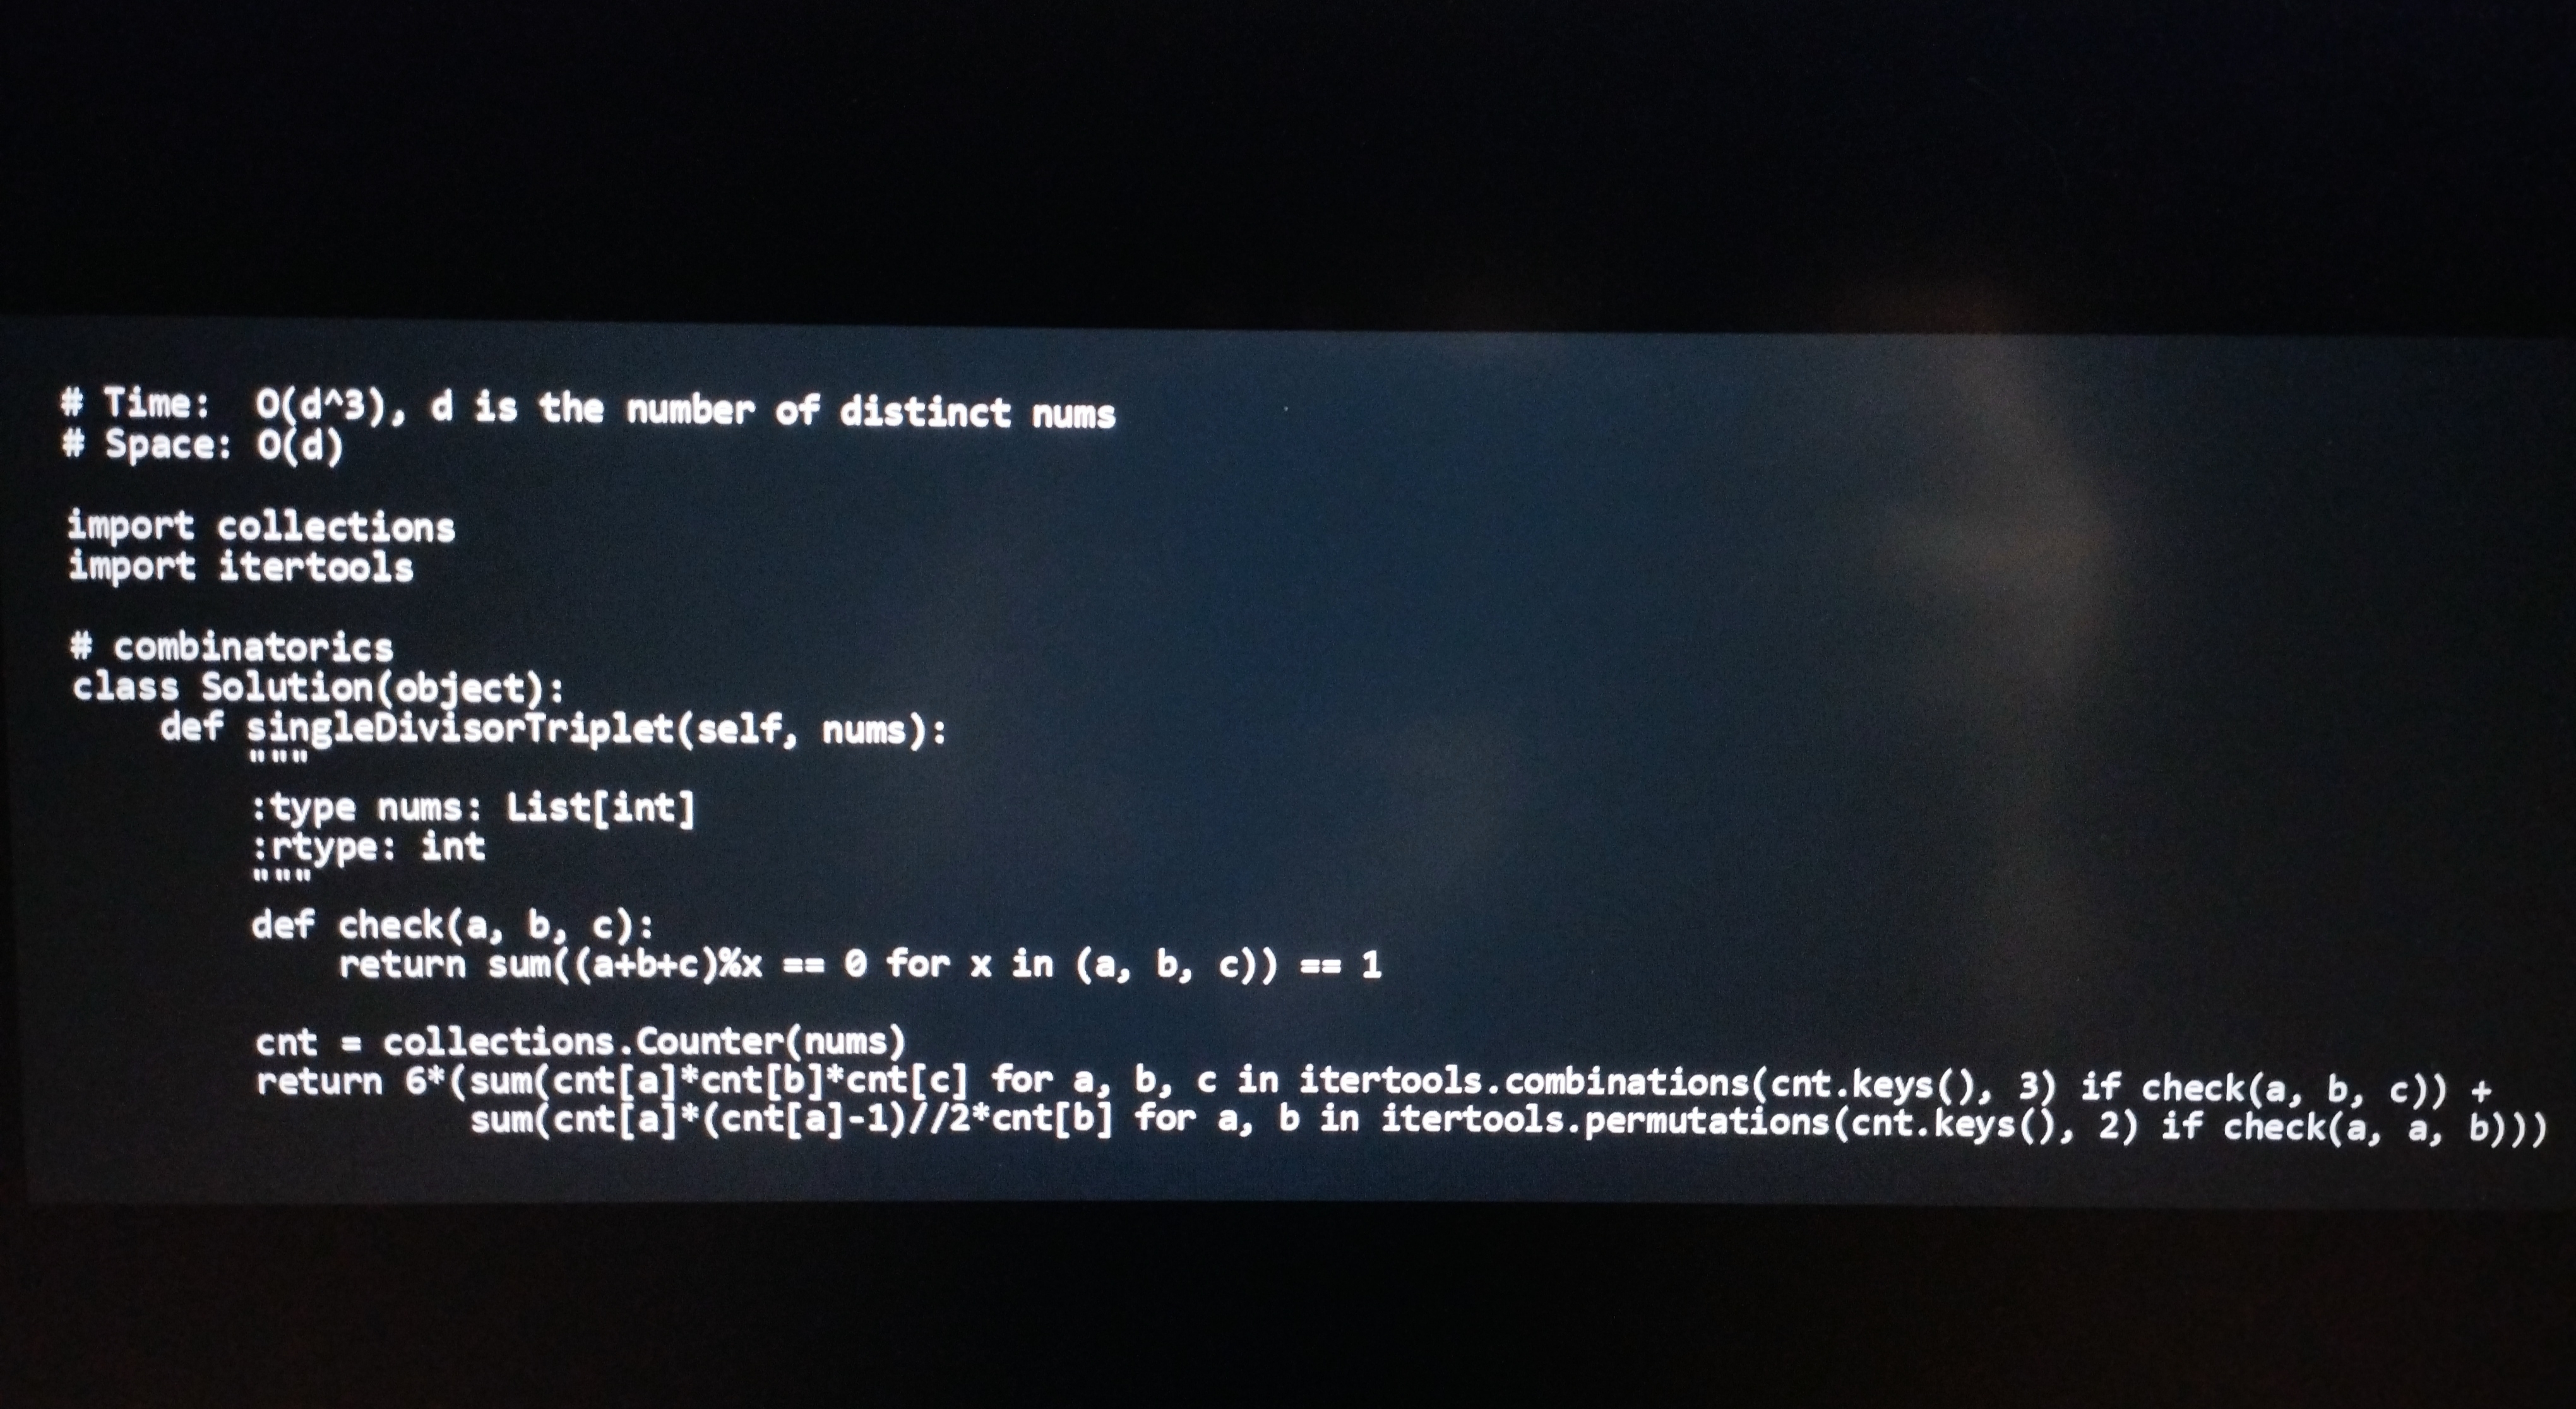
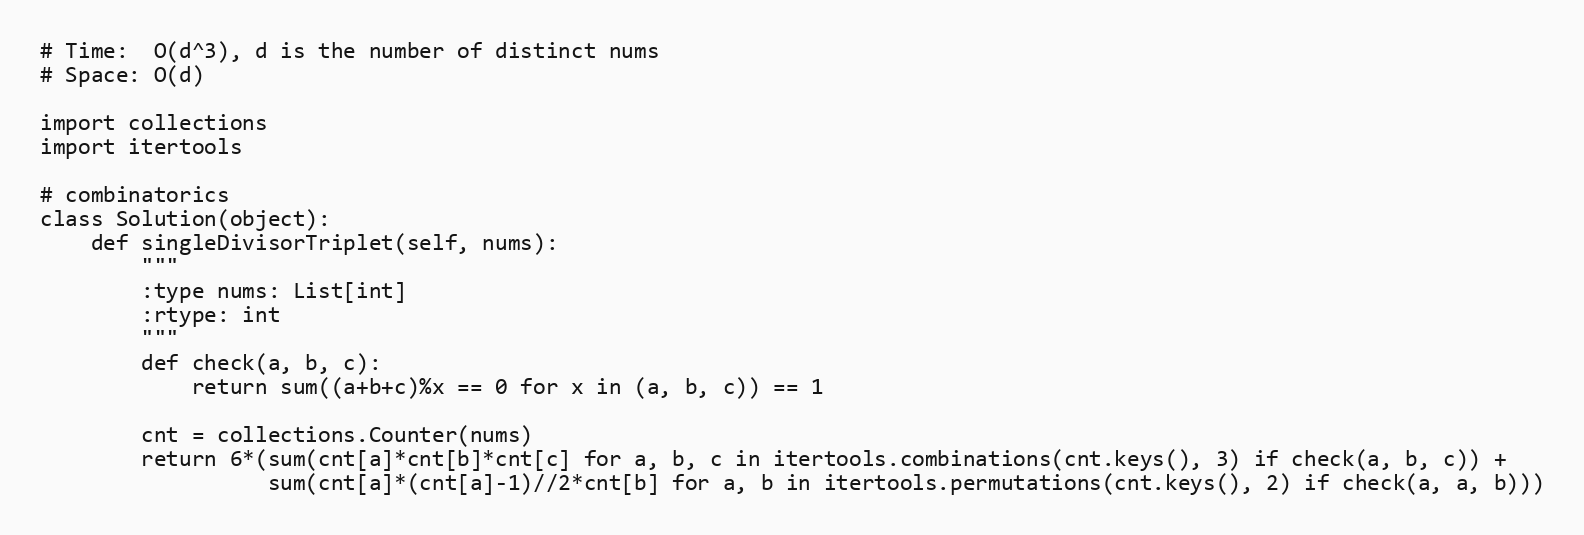
# Time:  O(d^3), d is the number of distinct nums
# Space: O(d)

import collections
import itertools

# combinatorics
class Solution(object):
    def singleDivisorTriplet(self, nums):
        """
        :type nums: List[int]
        :rtype: int
        """
        def check(a, b, c):
            return sum((a+b+c)%x == 0 for x in (a, b, c)) == 1

        cnt = collections.Counter(nums)
        return 6*(sum(cnt[a]*cnt[b]*cnt[c] for a, b, c in itertools.combinations(cnt.keys(), 3) if check(a, b, c)) +
                  sum(cnt[a]*(cnt[a]-1)//2*cnt[b] for a, b in itertools.permutations(cnt.keys(), 2) if check(a, a, b)))